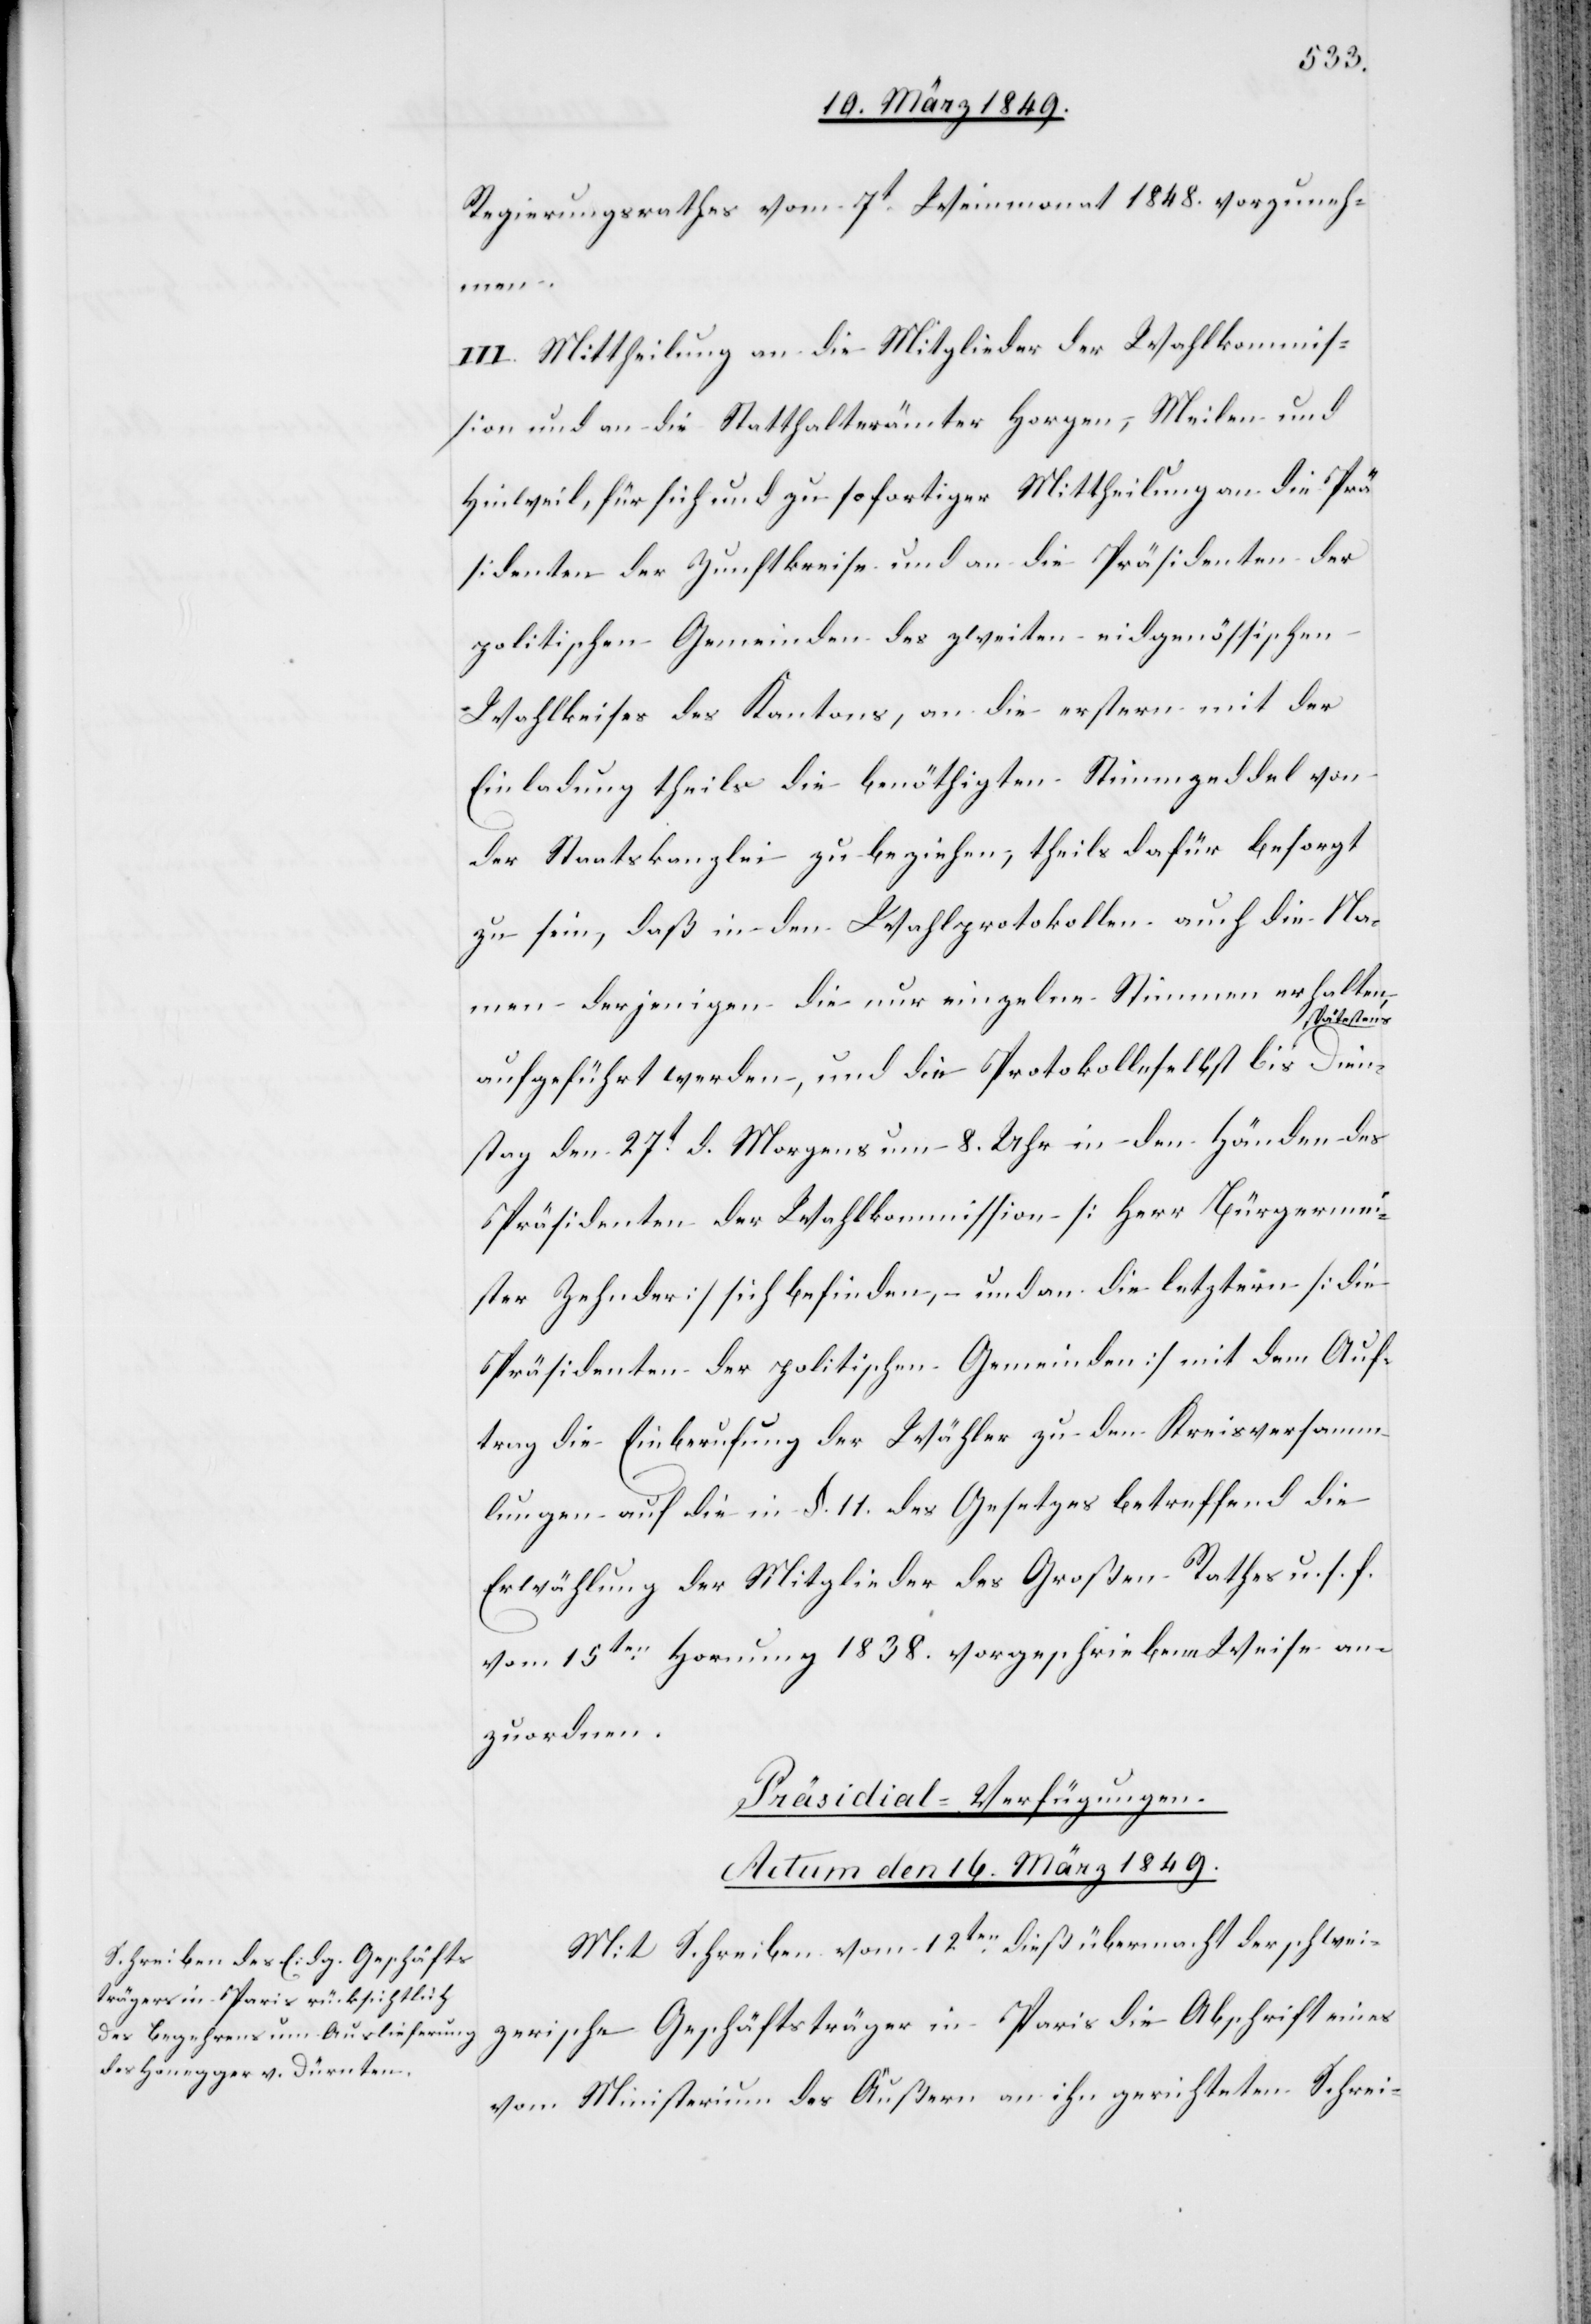
Regierungsrathes vom 7t. Weinmonat 1848. vorzuneh¬
Dien¬
III. Mittheilung an die Mitglieder der Wahlkommis¬
sion und an die Statthalterämter Horgen, Meilen und
Hinweil, für sich und zu sofortiger Mittheilung an die Prä¬
sidenten der Zunftkreise und an die Präsidenten der
politischen Gemeinden des zweiten eidgenössischen
Wahlkreises des Kantons, an die erstern mit der
Einladung theils die benöthigten Stimmzeddel von
der Staatskanzlei zu beziehen, theils dafür besorgt
zu sein, daß in den Wahlprotokollen auch die Na¬
men derjenigen die nur einzelne Stimmen erhalten,
estens
aufgeführt werden, und die Protokolle selbst bis spät¬
stag den 27t. d. Morgens um 8. Uhr in den Händen des
Präsidenten der Wahlkommission [Herr Bürgermei¬
ster Zehnder] sich befinden, – und an die letztern [die
Präsidenten der politischen Gemeinden] mit dem Auf¬
trag die Einberufung der Wähler zu den Kreisversamm¬
lungen auf die in §. 11. des Gesetzes betreffend die
Erwählung der Mitglieder des Großen Rathes u. s. f.
vom 15ten. Hornung 1838. vorgeschriebene Weise an¬
zuordnen.
Präsidial-Verfügungen.
Actum den 16. März 1849.
Mit Schreiben vom 12ten. dieß übermacht der schwei¬
zerische Geschäftsträger in Paris die Abschrift eines
vom Ministerium des Äußern an ihn gerichteten Schrei-